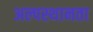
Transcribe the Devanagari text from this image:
अल्पस्थानता